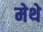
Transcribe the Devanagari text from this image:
मेथे